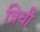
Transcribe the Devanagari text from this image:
त्रिची